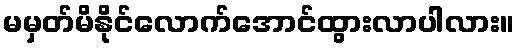
မမှတ်မိနိုင်လောက်အောင်ထွားလာပါလား။